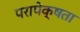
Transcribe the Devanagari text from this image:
परापेक्षता